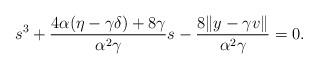
LaTeX: \begin{align*}s^3+\frac{4\alpha(\eta-\gamma\delta)+8\gamma}{\alpha^2\gamma}s-\frac{8\|y-\gamma v\|}{\alpha^2\gamma}=0.\end{align*}